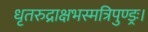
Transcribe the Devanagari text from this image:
धृतरुद्राक्षभस्मत्रिपुण्ड्रः।